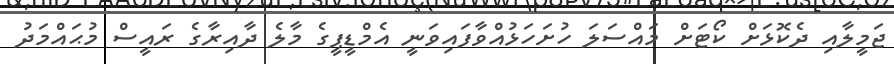
ޖަމީލާއި ދެކޮޅަށް ކޯޓަށް މައްސަލަ ހުށަހަޅުއްވާފައިވަނީ އެމްޑީޕީގެ މާލެ ދާއިރާގެ ރައީސް މުޙައްމަދު